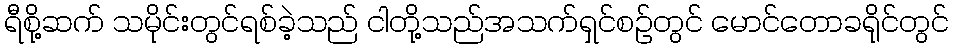
ရီစို့ဆက် သမိုင်းတွင်ရစ်ခဲ့သည် ငါတို့သည်အသက်ရှင်စဉ်တွင် မောင်တောခရိုင်တွင်